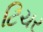
ટિચર